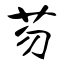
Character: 芴